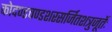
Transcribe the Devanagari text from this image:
कोदण्डचण्डशरसर्जितशत्रुजूर्तेः